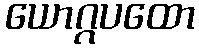
ယောဂ္ဂပထော